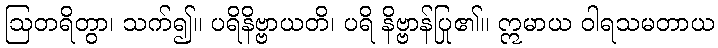
ဩတရိတွာ၊ သက်၍။ ပရိနိဗ္ဗာယတိ၊ ပရိ နိဗ္ဗာန်ပြု၏။ ဣမာယ ဝါရသမတာယ